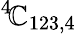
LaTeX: ^{4}\! {\cal\mathbb{C}}_{123,4}